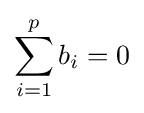
\sum _{i=1}^{p}b_{i}=0